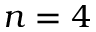
n = 4